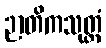
ဉာတိကသုတ္တံ